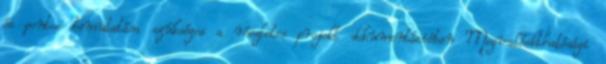
és pontos bemutatása szükséges a részletes projekt dokumentációban Megvalósíthatósági